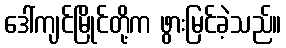
ဒေါ်ကျင်မြိုင်တို့က ဖွားမြင်ခဲ့သည်။